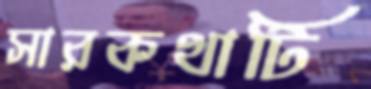
সারকথাটি